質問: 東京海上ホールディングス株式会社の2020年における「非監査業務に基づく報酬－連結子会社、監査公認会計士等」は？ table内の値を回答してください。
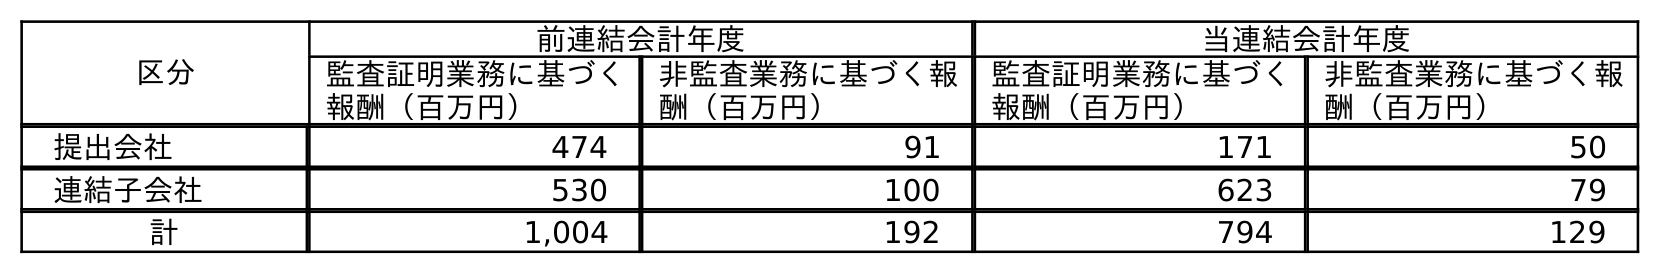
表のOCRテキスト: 区分 前連結会計年度 当連結会計年度 監査証明業務に基づく 報酬（百万円） 非監査業務に基づく報 酬（百万円） 監査証明業務に基づく 報酬（百万円） 非監査業務に基づく報 酬（百万円） 提出会社 474 91 171 50 連結子会社 530 100 623 79 計 1,004 192 794 129
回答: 79